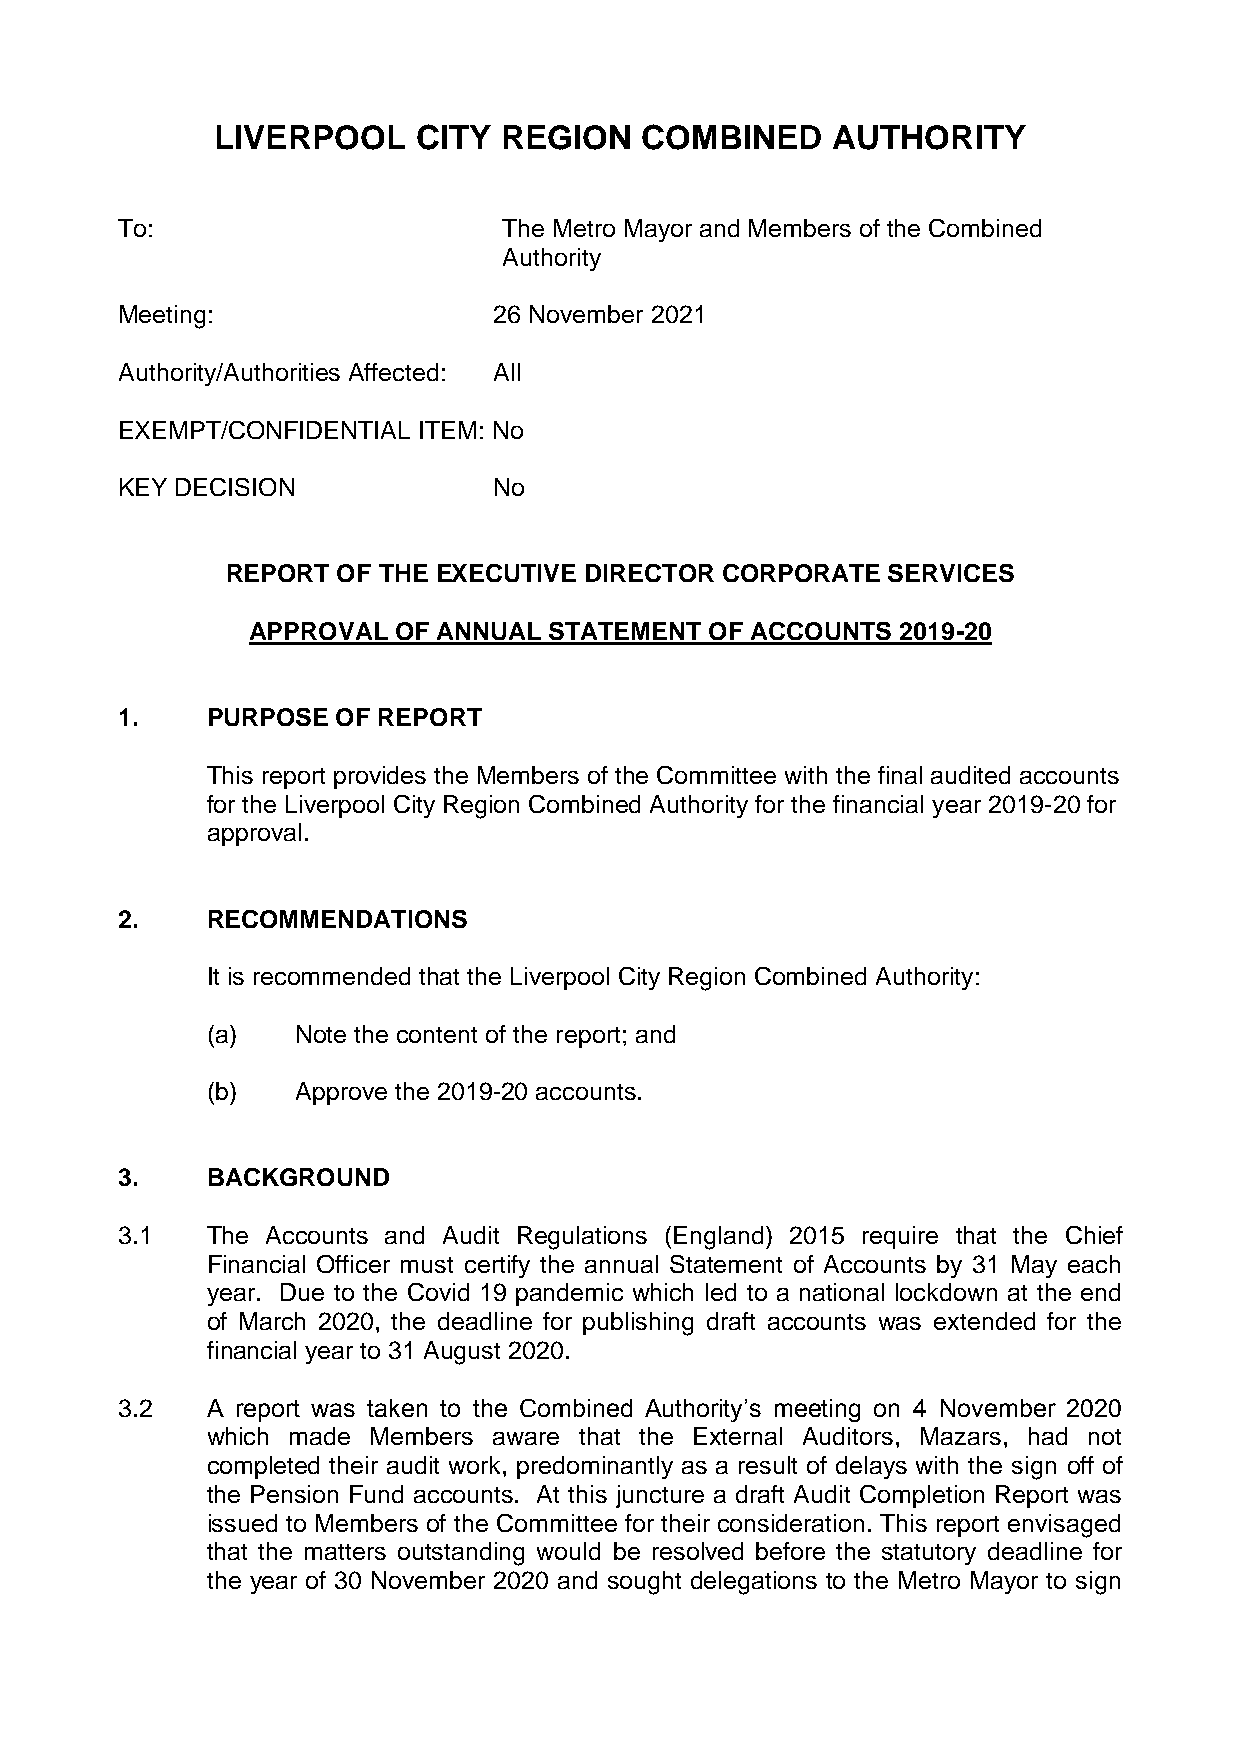
LIVERPOOL    CITY  REGION   COMBINED     AUTHORITY
 To:                      The Metro Mayor and Members of the Combined
 Authority
 Meeting:                 26 November 2021
 Authority/Authorities Affected: All
 EXEMPT/CONFIDENTIAL ITEM: No
 KEY DECISION             No
 REPORT OF THE EXECUTIVE DIRECTOR CORPORATE  SERVICES
 APPROVAL  OF ANNUAL STATEMENT  OF ACCOUNTS 2019-20
 1.    PURPOSE OF REPORT
 This report provides the Members of the Committee with the final audited accounts
 for the Liverpool City Region Combined Authority for the financial year 2019-20 for
 approval.
 2.    RECOMMENDATIONS
 It is recommended that the Liverpool City Region Combined Authority:
 (a)   Note the content of the report; and
 (b)   Approve the 2019-20 accounts.
 3.    BACKGROUND
 3.1   The Accounts and Audit Regulations (England) 2015 require that the Chief
 Financial Officer must certify the annual Statement of Accounts by 31 May each
 year. Due to the Covid 19 pandemic which led to a national lockdown at the end
 of March 2020, the deadline for publishing draft accounts was extended for the
 financial year to 31 August 2020.
 3.2   A report was taken to the Combined Authority’s meeting on 4 November 2020
 which made Members aware that the External Auditors, Mazars, had not
 completed their audit work, predominantly as a result of delays with the sign off of
 the Pension Fund accounts. At this juncture a draft Audit Completion Report was
 issued to Members of the Committee for their consideration. This report envisaged
 that the matters outstanding would be resolved before the statutory deadline for
 the year of 30 November 2020 and sought delegations to the Metro Mayor to sign